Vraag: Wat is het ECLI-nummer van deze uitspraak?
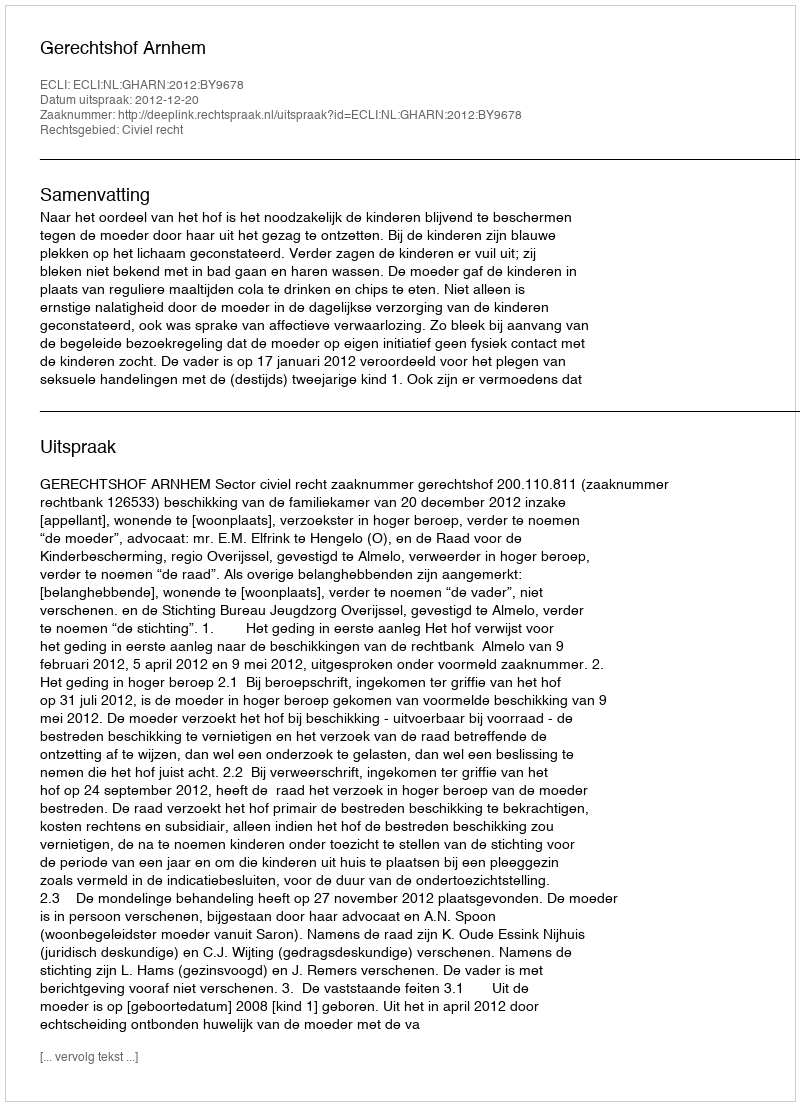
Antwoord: ECLI:NL:GHARN:2012:BY9678